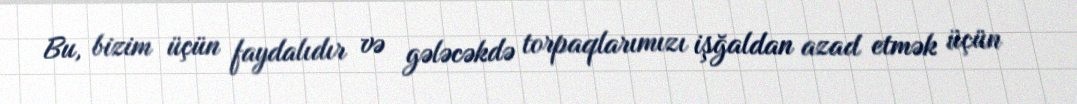
Bu, bizim üçün faydalıdır və gələcəkdə torpaqlarımızı işğaldan azad etmək üçün